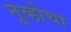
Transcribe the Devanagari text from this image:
नूव्होचा